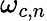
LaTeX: \omega_{c,n}